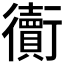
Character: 𧘅